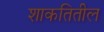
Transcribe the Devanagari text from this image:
शाकतितील